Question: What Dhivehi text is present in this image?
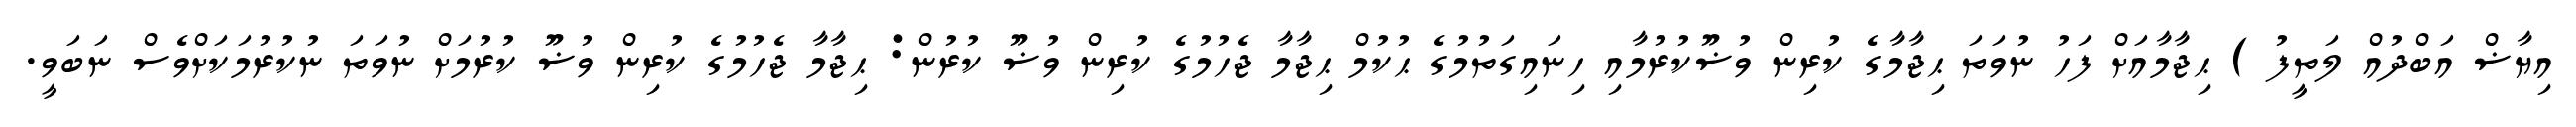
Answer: އިޔާޟް އަބްދުއް ލަތީފު ) ޙިޖާމާއަށް ފަހު ނުވަތަ ޙިޖާމާގެ ކުރިން ވުޟޫކުރުމާއި ހިނައިގަތުމުގެ ޙުކުމް ޙިޖާމާ ޖެހުމުގެ ކުރިން ވުޟޫ ކުރުން: ޙިޖާމާ ޖެހުމުގެ ކުރިން ވުޟޫ ކުރުމަށް ނުވަތަ ނުކުރުމަކަށްވެސް ނަބަވީ.